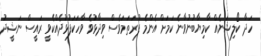
ހަދާ ކޯލިޝަނެއް ކާމިޔާބުނުވާނެ ކަމަށް އެންމެ ފުރަތަމަވެސް ވިދާޅުވެ ވާހަކަފުޅުދެއްކެވީ ރައީސް ނަޝީދު